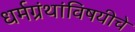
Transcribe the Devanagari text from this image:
धर्मग्रंथांविषयीचे